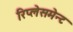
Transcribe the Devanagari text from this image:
रिप्लेसमेन्ट